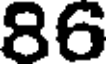
86